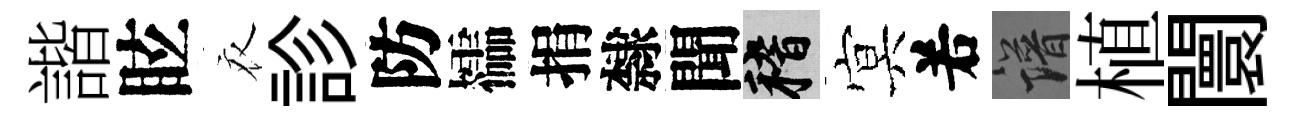
諧眩衣診防櫺捐隸聞稽㝠𠰥譜植闤